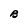
Character: B